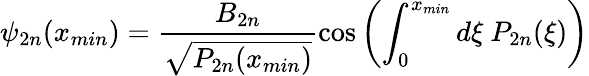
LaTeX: \psi_{2n}(x_{min})=\frac{B_{2n}}{\sqrt{P_{2n}(x_{min})}}\cos\left(\int_{0}^{x_{min}}d\xi\ P_{2n}(\xi)\right)